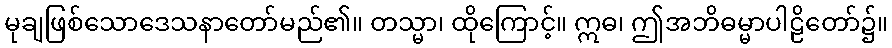
မုချဖြစ်သောဒေသနာတော်မည်၏။ တသ္မာ၊ ထိုကြောင့်။ ဣဓ၊ ဤအဘိဓမ္မာပါဠိတော်၌။